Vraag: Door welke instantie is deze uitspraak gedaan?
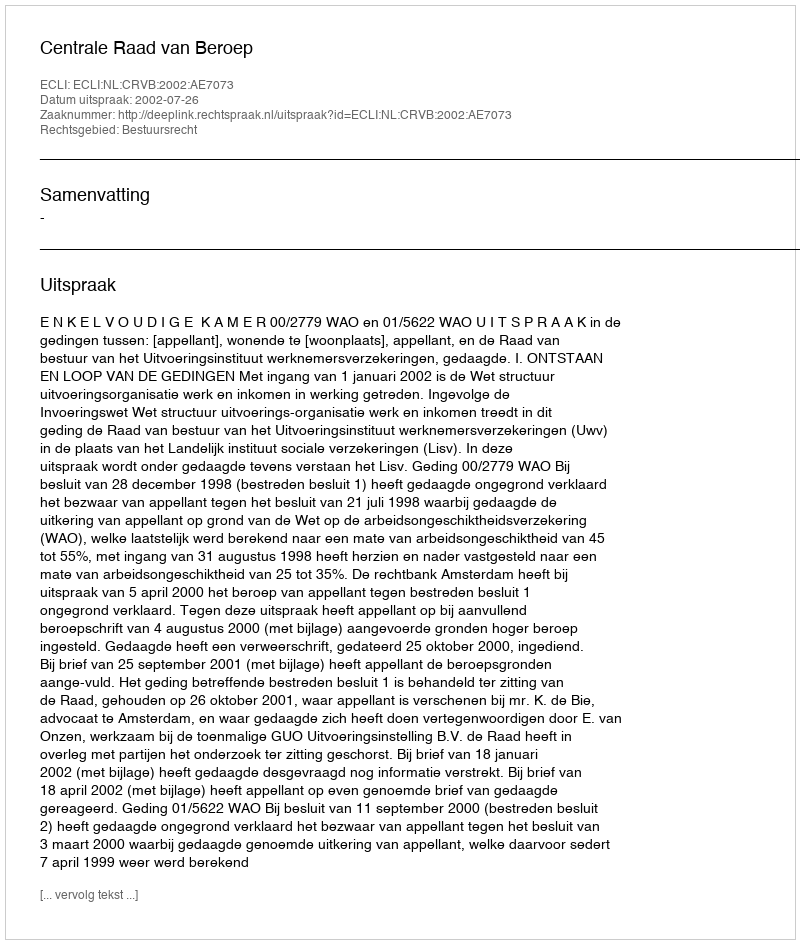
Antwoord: Centrale Raad van Beroep